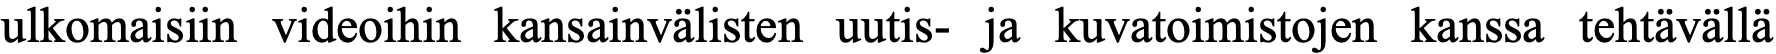
ulkomaisiin videoihin kansainvälisten uutis- ja kuvatoimistojen kanssa tehtävällä